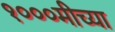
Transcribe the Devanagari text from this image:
१०००मीच्या